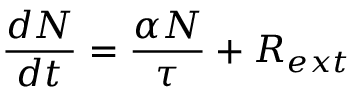
{ \frac { d N } { d t } } = { \frac { \alpha N } { \tau } } + R _ { e x t }